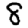
Digit: 8